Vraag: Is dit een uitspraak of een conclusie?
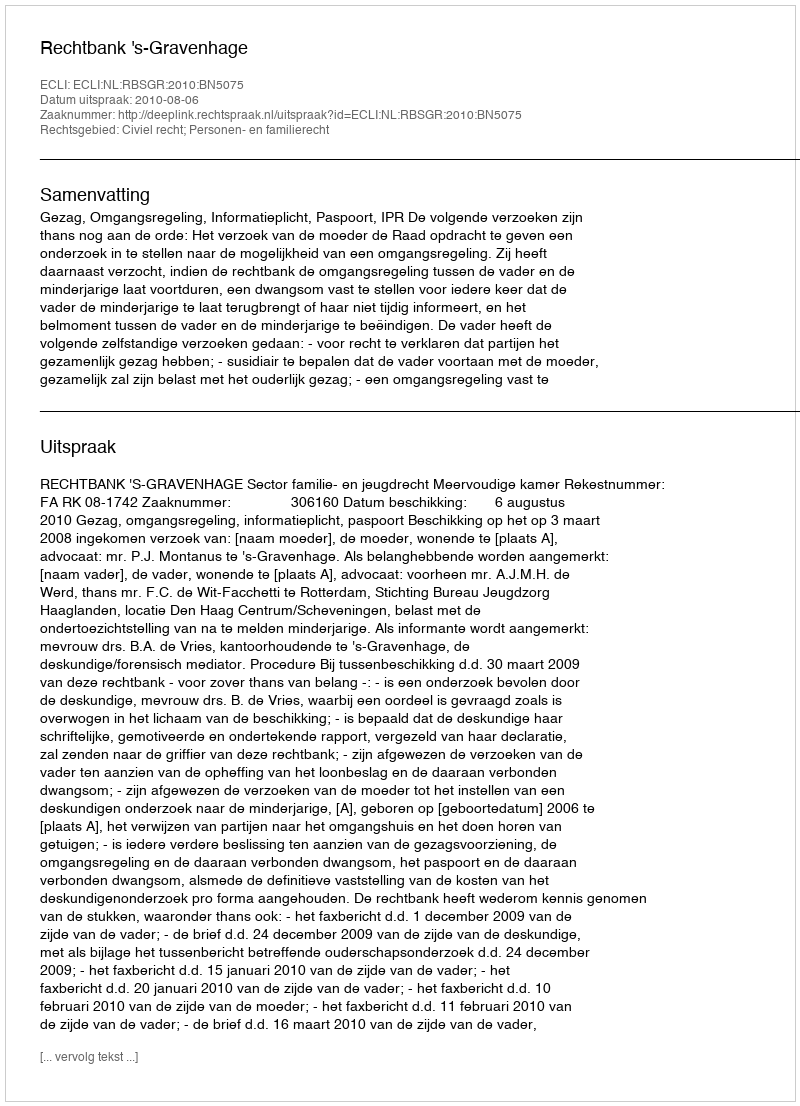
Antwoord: Uitspraak